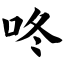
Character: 咚